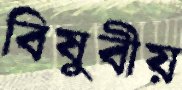
বিষুবীয়